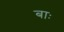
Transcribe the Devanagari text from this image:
बाः